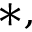
^ { * , }